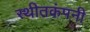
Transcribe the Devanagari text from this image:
स्थीतकंपनी